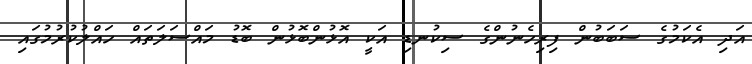
އަދި އެކަމުގެ ސަބަބުން ފިރިހެނުންގެ ސިކުނޑި އަކީ އޮޅުންބޮޅުން ބޮޑު މައްސަލަތައް ހައްލުކުރުމުގައި